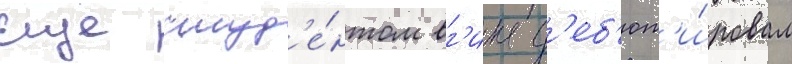
Еще студ'е́нтом вг'ика д'еб'ют'и́ровал